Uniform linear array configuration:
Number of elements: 48
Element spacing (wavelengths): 0.25
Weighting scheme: uniform
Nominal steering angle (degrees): -45
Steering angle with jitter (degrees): -43.529
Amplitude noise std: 0.05
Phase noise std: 0.05

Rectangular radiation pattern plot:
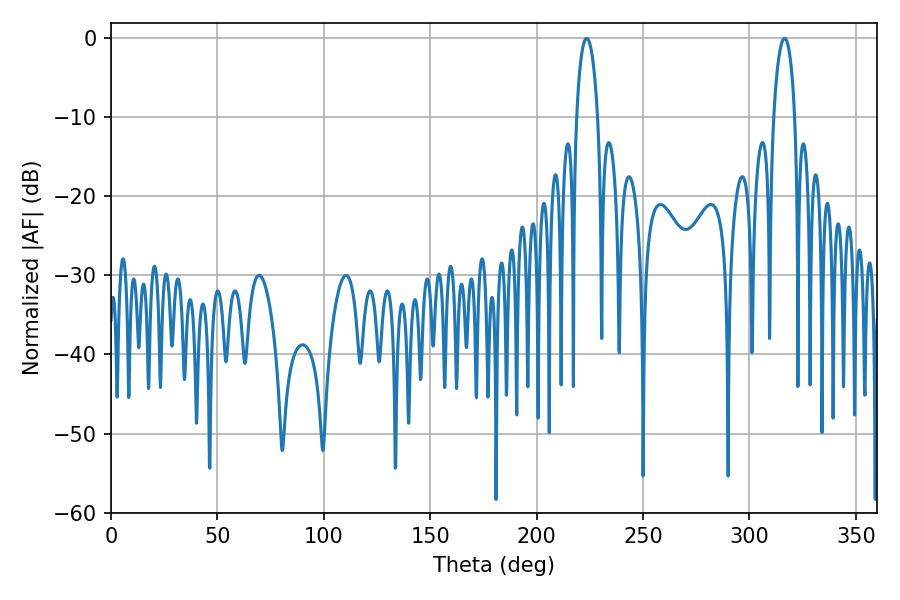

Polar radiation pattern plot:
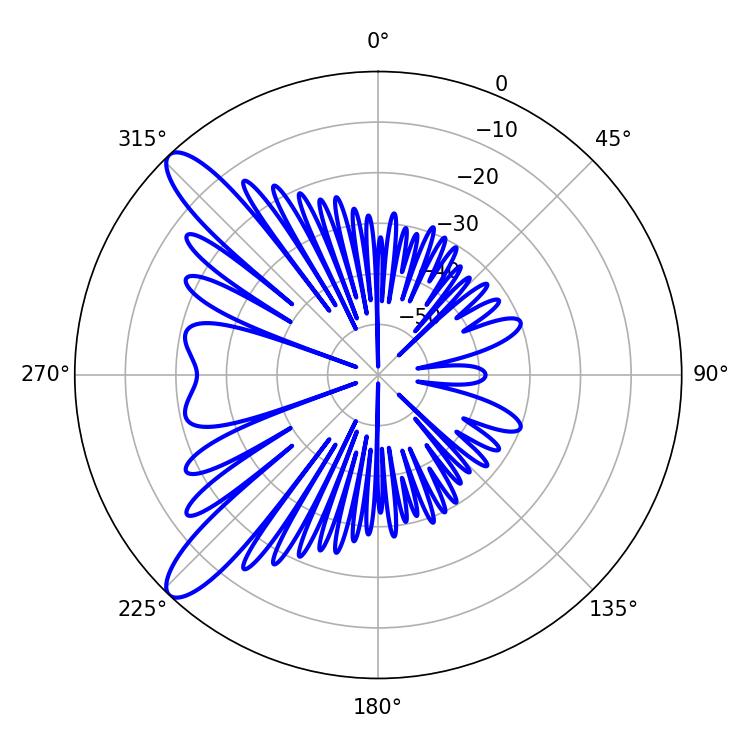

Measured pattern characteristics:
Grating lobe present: FALSE
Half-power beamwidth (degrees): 5.76
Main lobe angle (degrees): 223.56